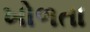
ખોળતા